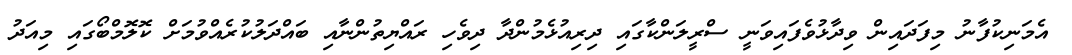
އެމަނިކުފާނު މިފަދައިން ވިދާޅުވެފައިވަނީ ސްރީލަންކާގައި ދިރިއުޅެމުންދާ ދިވެހި ރައްޔިތުންނާއި ބައްދަލުކުރެއްވުމަށް ކޮލޮމްބޯގައި މިއަދު